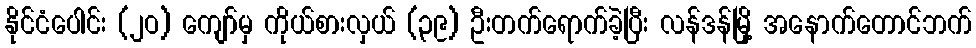
နိုင်ငံပေါင်း (၂ဝ) ကျော်မှ ကိုယ်စားလှယ် (၃၉) ဦးတက်ရောက်ခဲ့ပြီး လန်ဒန်မြို့ အနောက်တောင်ဘက်